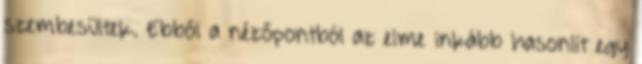
szembesültek. Ebből a nézőpontból az elme inkább hasonlít egy